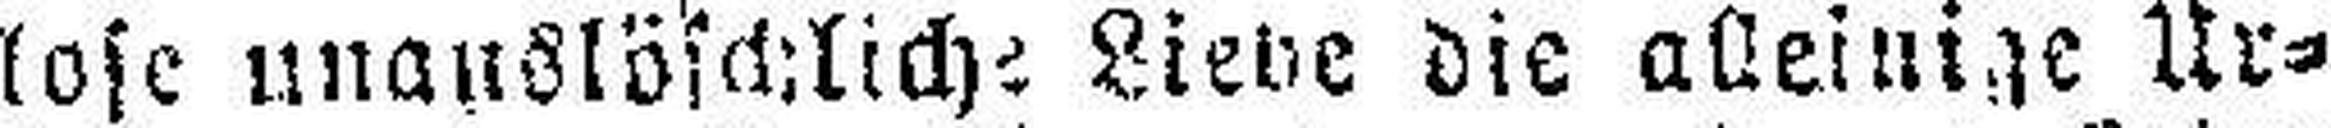
lose unauslöschliche Liede die alleinige Ur¬